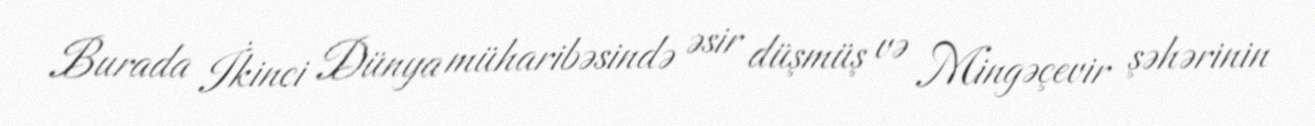
Burada İkinci Dünya müharibəsində əsir düşmüş və Mingəçevir şəhərinin